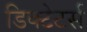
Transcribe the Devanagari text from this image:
डिक्टेटर्स